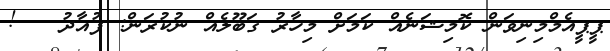
ޕީޕީއެމްމިނިވަން ކޮމިޝަނެއް ކަމަށް މިހާރު ގަބޫލެއް ނުކުރަން: ފުއާދު   !